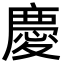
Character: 慶